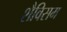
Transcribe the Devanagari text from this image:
शैविसम